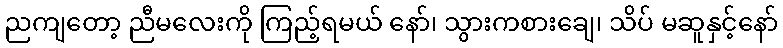
ညကျတော့ ညီမလေးကို ကြည့်ရမယ် နော်၊ သွားကစားချေ၊ သိပ် မဆူနှင့်နော်